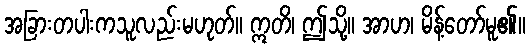
အခြားတပါးကသူလည်းမဟုတ်။ ဣတိ၊ ဤသို့။ အာဟ၊ မိန့်တော်မူ၏။